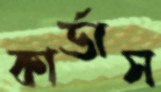
কার্ডাস